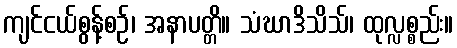
ကျင်ငယ်စွန့်စဉ်၊ အနာပတ္တိ။ သံဃာဒိသိသ်၊ ထုလ္လစ္စည်း။